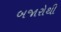
બજારોથી